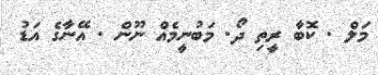
މަލް . ކޮބާ ރީތި ދޯ. މަބުނީމެއް ނޫން . އޭނާގެ އަޑު